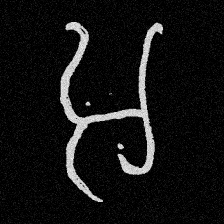
Pyu character \u2014 Myanmar letter: အ (romanized: a)